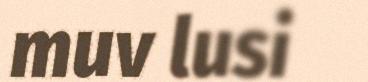
muv lusi